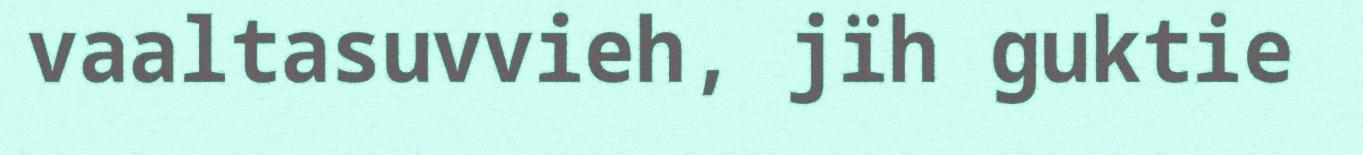
vaaltasuvvieh, jïh guktie